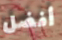
أفضل